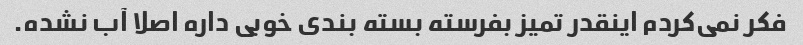
فکر نمی‌کردم اینقدر تمیز بفرسته بسته بندی خوبی داره اصلا آب نشده.